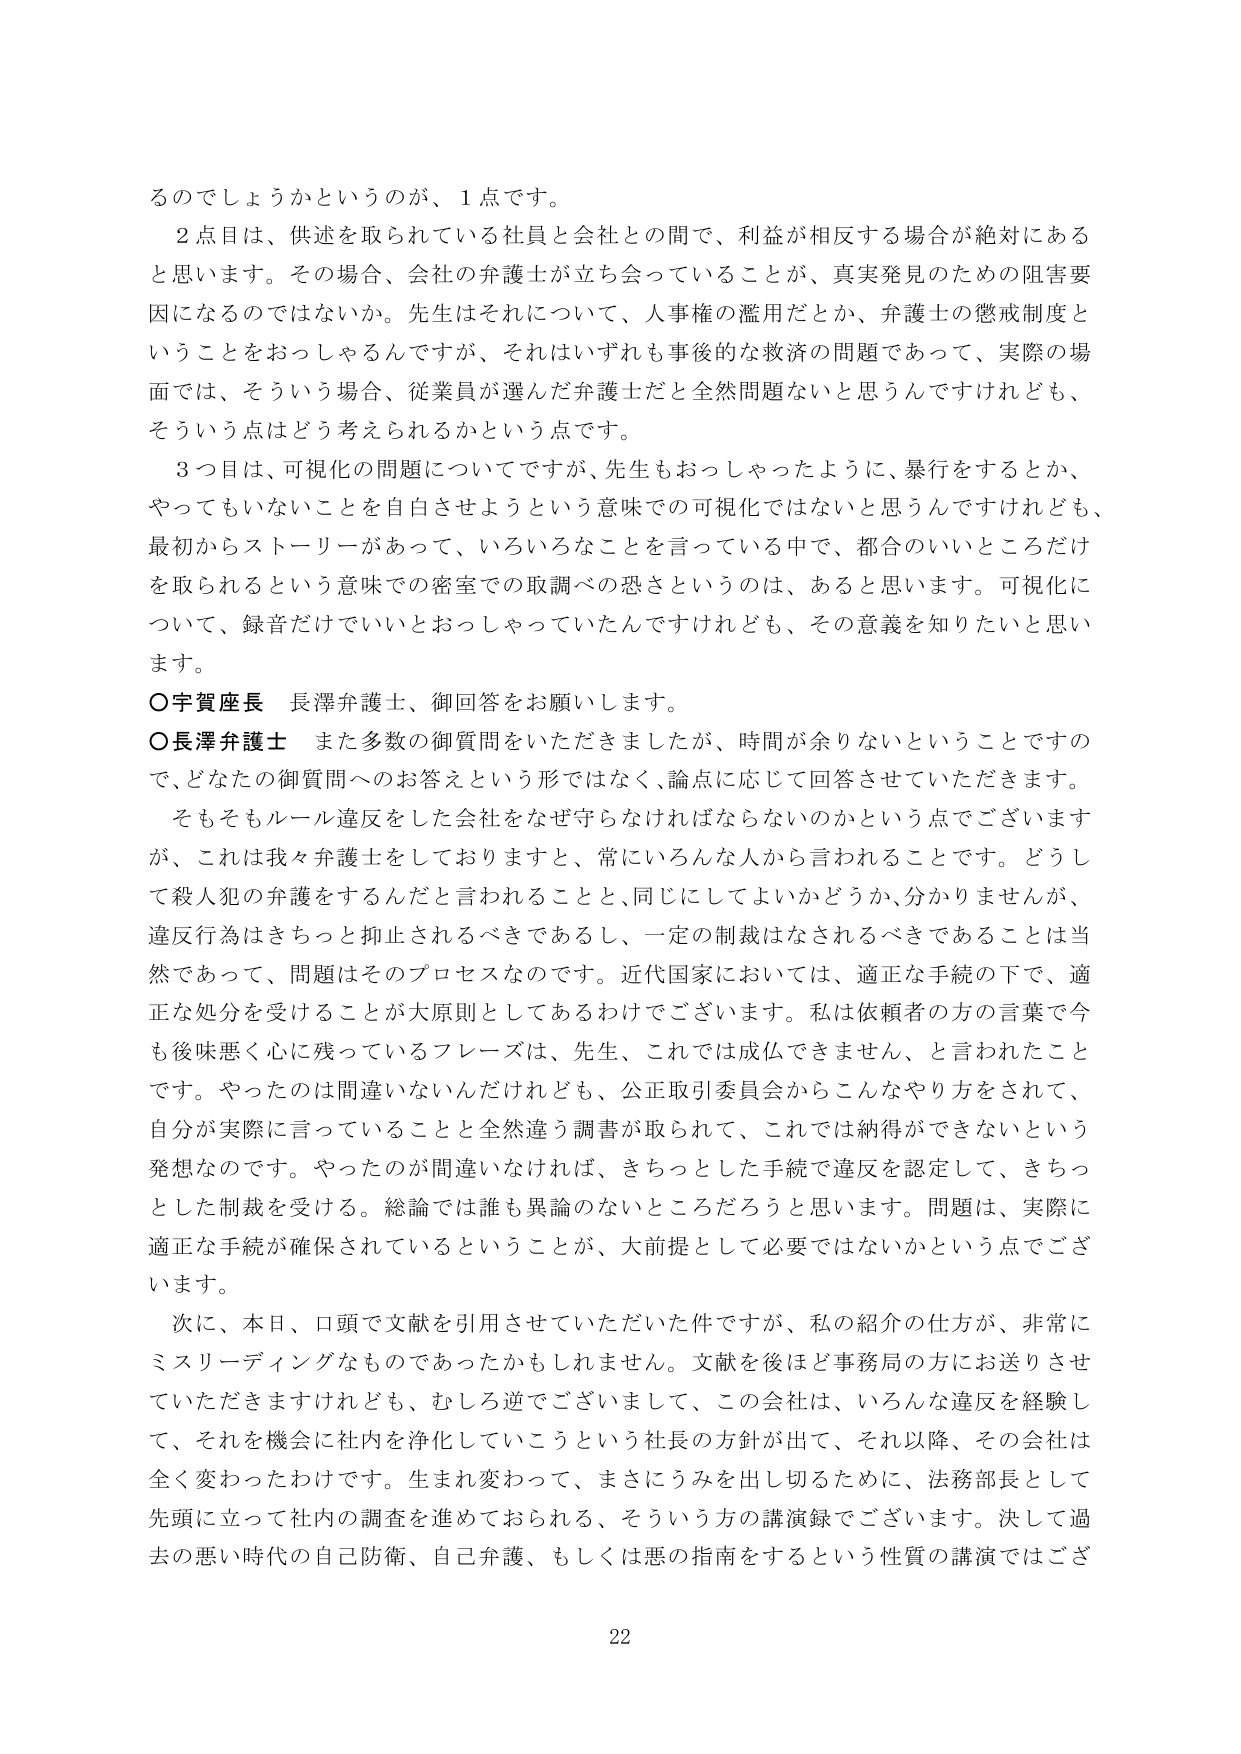
るのでしょうかというのが、1点です。

2点目は、供述が取られている社員と会社との間で、利益が相反する場合が絶対にあると思います。その場合、会社の弁護士が立ち会っていることが、真実発見のための阻害要因になるのではないか。先生はそれについて、人事権の濫用だとか、弁護士の懲戒制度ということをおっしゃるんですが、それはいずれも事後的な救済の問題であって、実際の場面では、そういう場合、従業員が選んだ弁護士だと全然問題ないと思うんですけれども、そういう点はどう考えられるかという点です。

3つ目は、可視化の問題についてですが、先生もおっしゃったように、暴行をするとか、やってもいないことを自白させようという意味での可視化ではないと思うんですけれども、最初からストーリーがあって、いろいろなことを言っている中で、都合のいいところだけを取られるという意味での密室での取調べの恐さというのは、あると思います。可視化について、録音だけでいいとおっしゃっていたんですけれども、その意義を知りたいと思います。

○宇賀座長　長澤弁護士、御回答をお願いします。

○長澤弁護士　また多数の御質問をいただきましたが、時間が余らないということですので、どなたの御質問へのお答えという形ではなく、論点に応じて回答させていただきます。

そもそもルール違反をした会社をなぜ守らなければならないのかという点でございますが、これは我々弁護士をしておりますと、常にいろんな人から言われることです。どうして殺人犯の弁護をするんだと言われることと、同じにしてよいかどうか、分かりませんが、違反行為はきちっと抑止されるべきであるし、一定の制裁はなされるべきであることは当然であって、問題はそのプロセスなのです。近代国家においては、適正な手続の下で、適正な処分を受けることが大原則としてあるわけでございます。私は依頼者の方の言葉で今も後味悪く心に残っているフレーズは、先生、これでは成仏できません、と言われたことです。やったのは間違いないんだけれども、公正取引委員会からこんなやり方をされて、自分が実際に言っていることと全然違う調書が取られて、これでは納得ができないという発想なのです。やったのが間違いないならば、きちっとした手続で違反を認定して、きちっとした制裁を受ける。総論では誰も異論のないところだろうと思います。問題は、実際に適正な手続が確保されているということが、大前提として必要ではないかという点でございます。

次に、本日、口頭で文献を引用させていただいた件ですが、私の紹介の仕方が、非常にミスリーディングなものであったかもしれません。文献を後ほど事務局の方にお送りさせていただきますけれども、むしろ逆でございまして、この会社は、いろんな違反を経験して、それを機会に社内を浄化していこうという社長の方針が出て、それ以降、その会社は全く変わったわけです。生まれ変わって、まさにうみを出し切るために、法務部長として先頭に立って社内の調査を進めておられる、そういう方の講演録でございます。決して過去の悪い時代の自己防衛、自己弁護、もしくは悪の指南をするという性質の講演ではござ

22